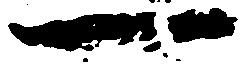
一